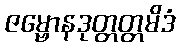
ဇမ္ဗောနဒုတ္တတ္တမိဒံ